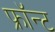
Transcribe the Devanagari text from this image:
फ्रॉन्ट